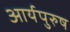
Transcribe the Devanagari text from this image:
आर्यपुरुष